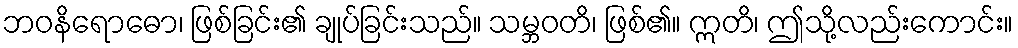
ဘဝနိရောဓော၊ ဖြစ်ခြင်း၏ ချုပ်ခြင်းသည်။ သမ္ဘဝတိ၊ ဖြစ်၏။ ဣတိ၊ ဤသို့လည်းကောင်း။